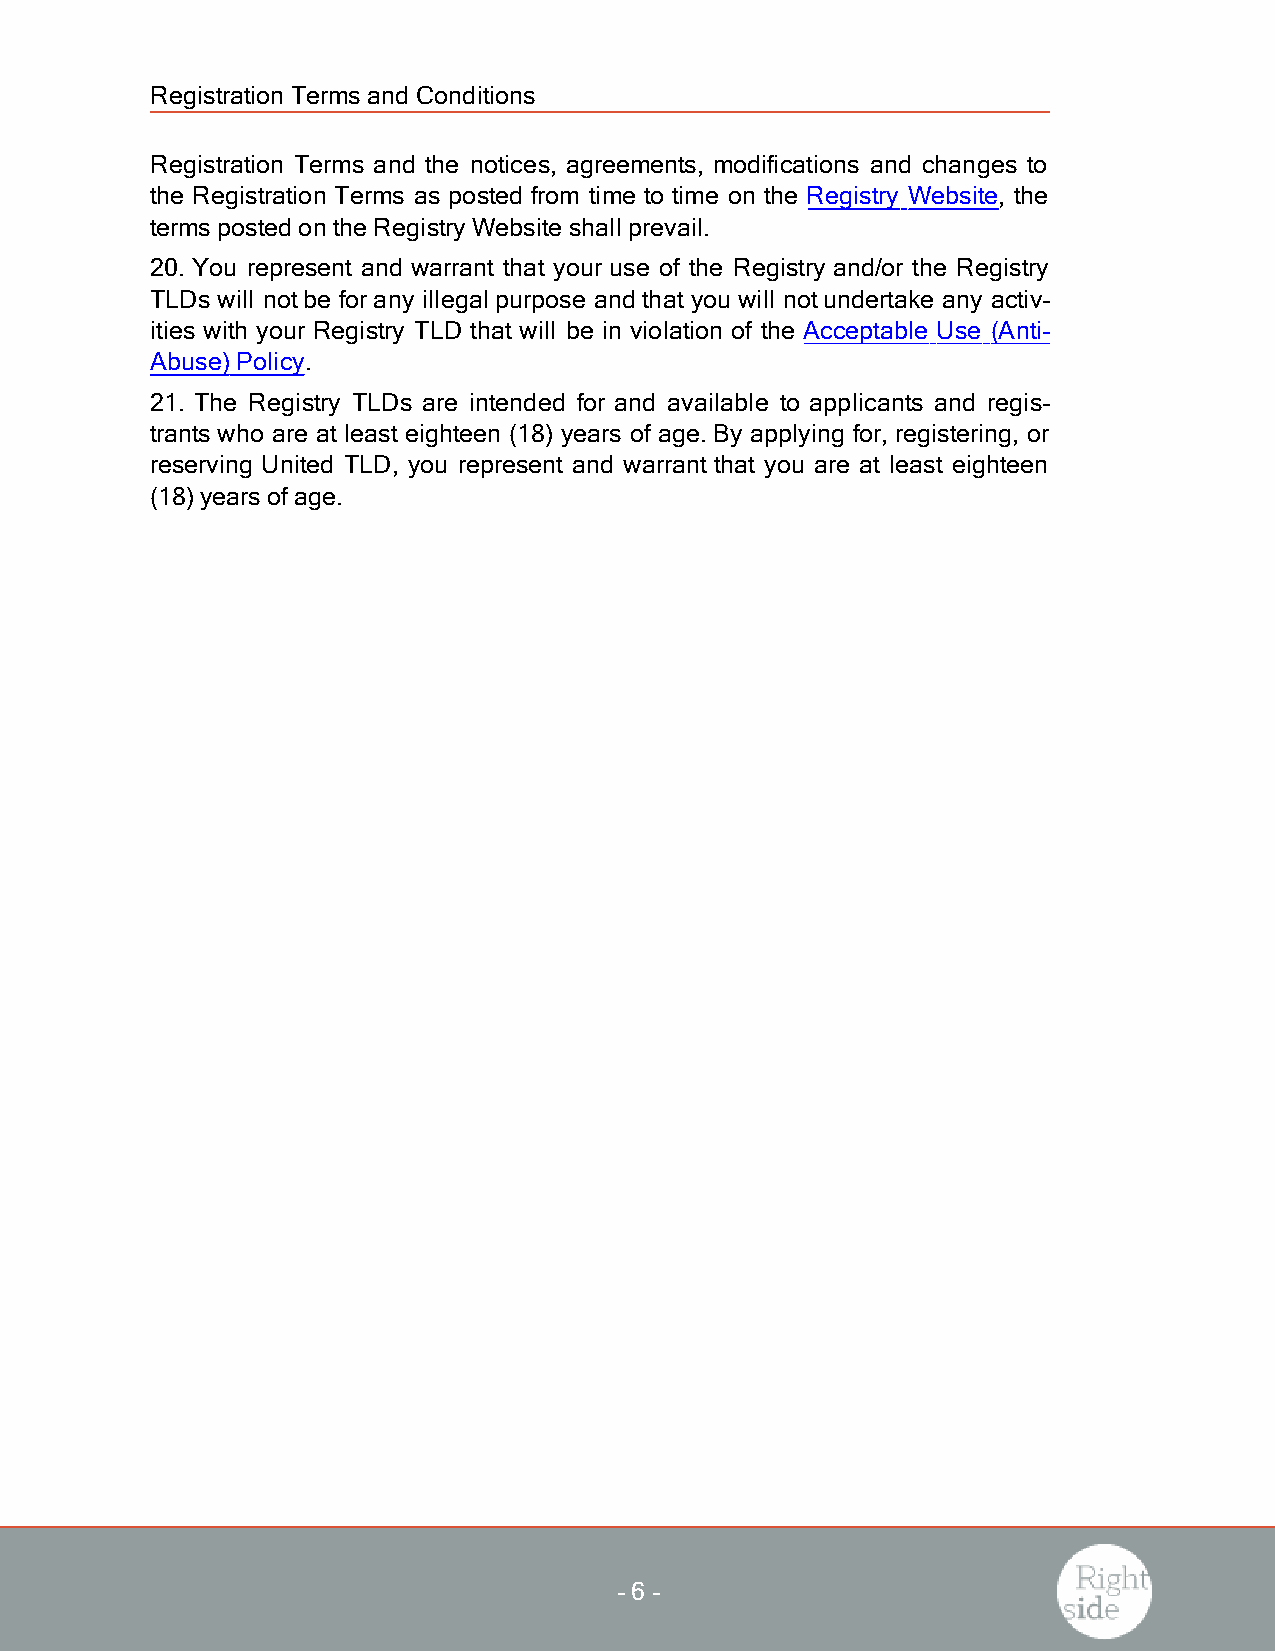
Registration Termsand Conditions
 Registration Terms and the notices, agreements, modifications and changes to
 the Registration Terms as posted from time to time on the Registry Website, the
 termsposted on the RegistryWebsite shall prevail.
 20. You represent and warrant that your use of the Registry and/or the Registry
 TLDswill notbe forany illegal purpose and that you will notundertake any activ-
 ities with your Registry TLD that will be in violation of the Acceptable Use (Anti-
 Abuse)Policy.
 21. The Registry TLDs are intended for and available to applicants and regis-
 trantswho are at least eighteen (18) years of age.By applying for, registering, or
 reserving United TLD, you represent and warrant that you are at least eighteen
 (18)yearsofage.
 -6 -